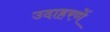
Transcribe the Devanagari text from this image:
उदाहरणें